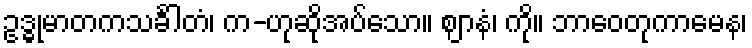
ဥဒ္ဓုမာတကသင်္ခါတံ၊ က-ဟုဆိုအပ်သော။ ဈာနံ၊ ကို။ ဘာဝေတုကာမေန၊